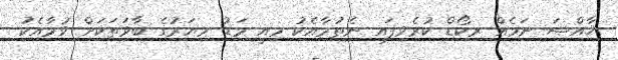
ޚާއްޞަ ނަމެއް ރިކޯޑް ކުރެވިފައި ނެތުމާއެކު މިއީ މަޑު މިޔަރުގެ ބާވަތަކަށް ވުމާއެކު